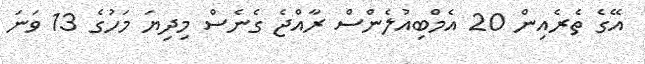
އޭގެ ތެެރެއިން 20 އެމްބިއުލެންސް ރާއްޖެ ގެނެސް މިދިޔަ މަހުގެ 13 ވަނަ